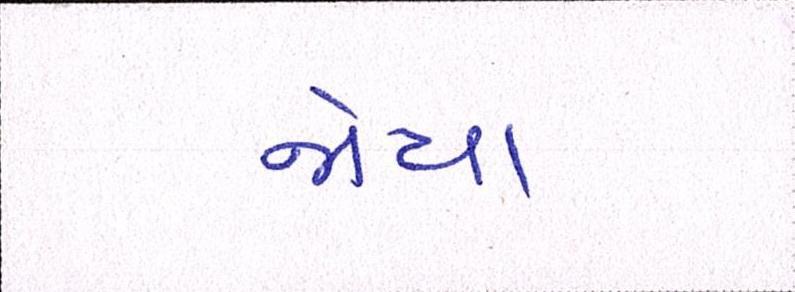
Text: જોયા